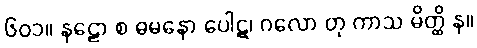
၆၀၁။ နဠော စ ဓမနော ပေါဋ၊ ဂလော တု ကာသ မိတ္ထိ န။